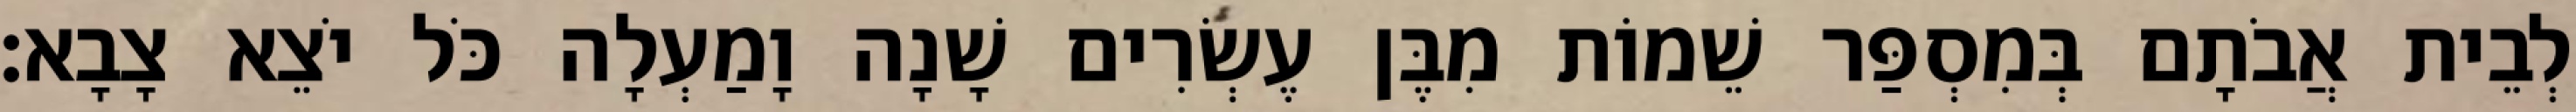
לְבֵית אֲבֹתָם בְּמִסְפַּר שֵׁמוֹת מִבֶּן עֶשְׂרִים שָׁנָה וָמַעְלָה כֹּל יֹצֵא צָבָא׃